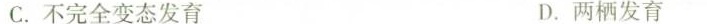
C. 不完全变态发育 D. 两栖发育